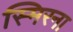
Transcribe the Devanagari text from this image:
स्मिरना